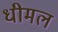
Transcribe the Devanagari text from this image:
धीमल